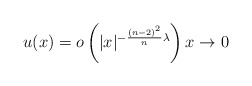
\begin{align*} u(x)=o\left(|x|^{-\frac{(n-2)^2}{n}\lambda} \right) x\to0 \end{align*}